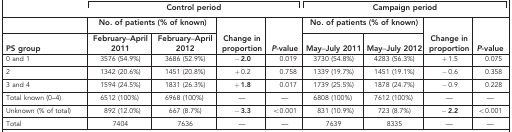
|  | <COLSPAN=4> Control period | <COLSPAN=4> Campaign period |
 |  | <COLSPAN=2> No. of patients (% of known) |  |  | <COLSPAN=2> No. of patients (% of known) |  |  |
 | PS group | February–April 2011 | February–April 2012 | Change in proportion | P-value | May–July 2011 | May–July 2012 | Change in proportion | P-value |
 | --- | --- | --- | --- | --- | --- | --- | --- | --- |
 | 0 and 1 | 3576 (54.9%) | 3686 (52.9%) | −2.0 | 0.019 | 3730 (54.8%) | 4283 (56.3%) | +1.5 | 0.075 |
 | 2 | 1342 (20.6%) | 1451 (20.8%) | +0.2 | 0.758 | 1339 (19.7%) | 1451 (19.1%) | −0.6 | 0.358 |
 | 3 and 4 | 1594 (24.5%) | 1831 (26.3%) | +1.8 | 0.017 | 1739 (25.5%) | 1878 (24.7%) | −0.9 | 0.228 |
 | Total known (0–4) | 6512 (100%) | 6968 (100%) | — | — | 6808 (100%) | 7612 (100%) | — | — |
 | Unknown (% of total) | 892 (12.0%) | 667 (8.7%) | −3.3 | <0.001 | 831 (10.9%) | 723 (8.7%) | −2.2 | <0.001 |
 | Total | 7404 | 7636 | — | — | 7639 | 8335 | — | — |